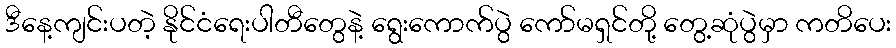
ဒီနေ့ကျင်းပတဲ့ နိုင်ငံရေးပါတီတွေနဲ့ ရွေးကောက်ပွဲ ကော်မရှင်တို့ တွေ့ဆုံပွဲမှာ ကတိပေး